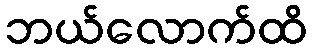
ဘယ်လောက်ထိ